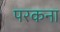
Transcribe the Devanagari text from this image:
परकना